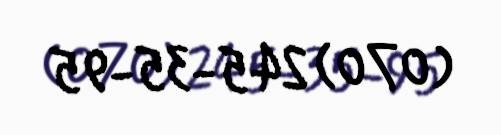
(070) 245-35-95